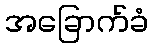
အခြောက်ခံ